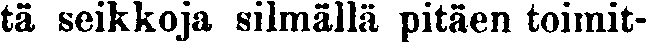
tä seikkoja silmällä pitäen toimit-